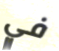
في